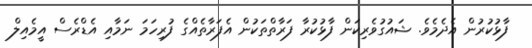
ފާޅުކުރުން އެދެމެވެ. ޝައުގުވެރިކަން ފާޅުކުރާ ފަރާތްތަކުން އެފަރާތެއްގެ ފުރިހަމަ ނަމާއި އެޑްރެސް އީމެއިލް